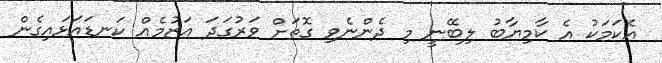
އެކަމަކު އެ ކާމިޔާބު ލިބޭނީ މި ދެންނެވި ގޮތަށް ވަރުގަދަ އަޒުމެއް ކަނޑައަޅައިގެން